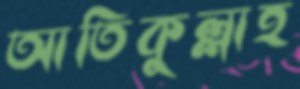
আতিকুল্লাহ